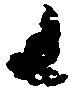
候